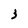
Character: 3